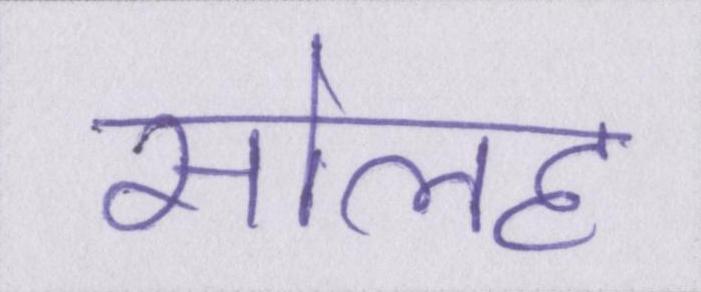
सोलह